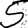
Digit: 5